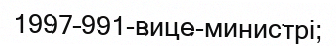
1997–991-вице-министрі;